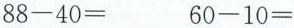
$$88-40=$$ $$ 60-10=$$